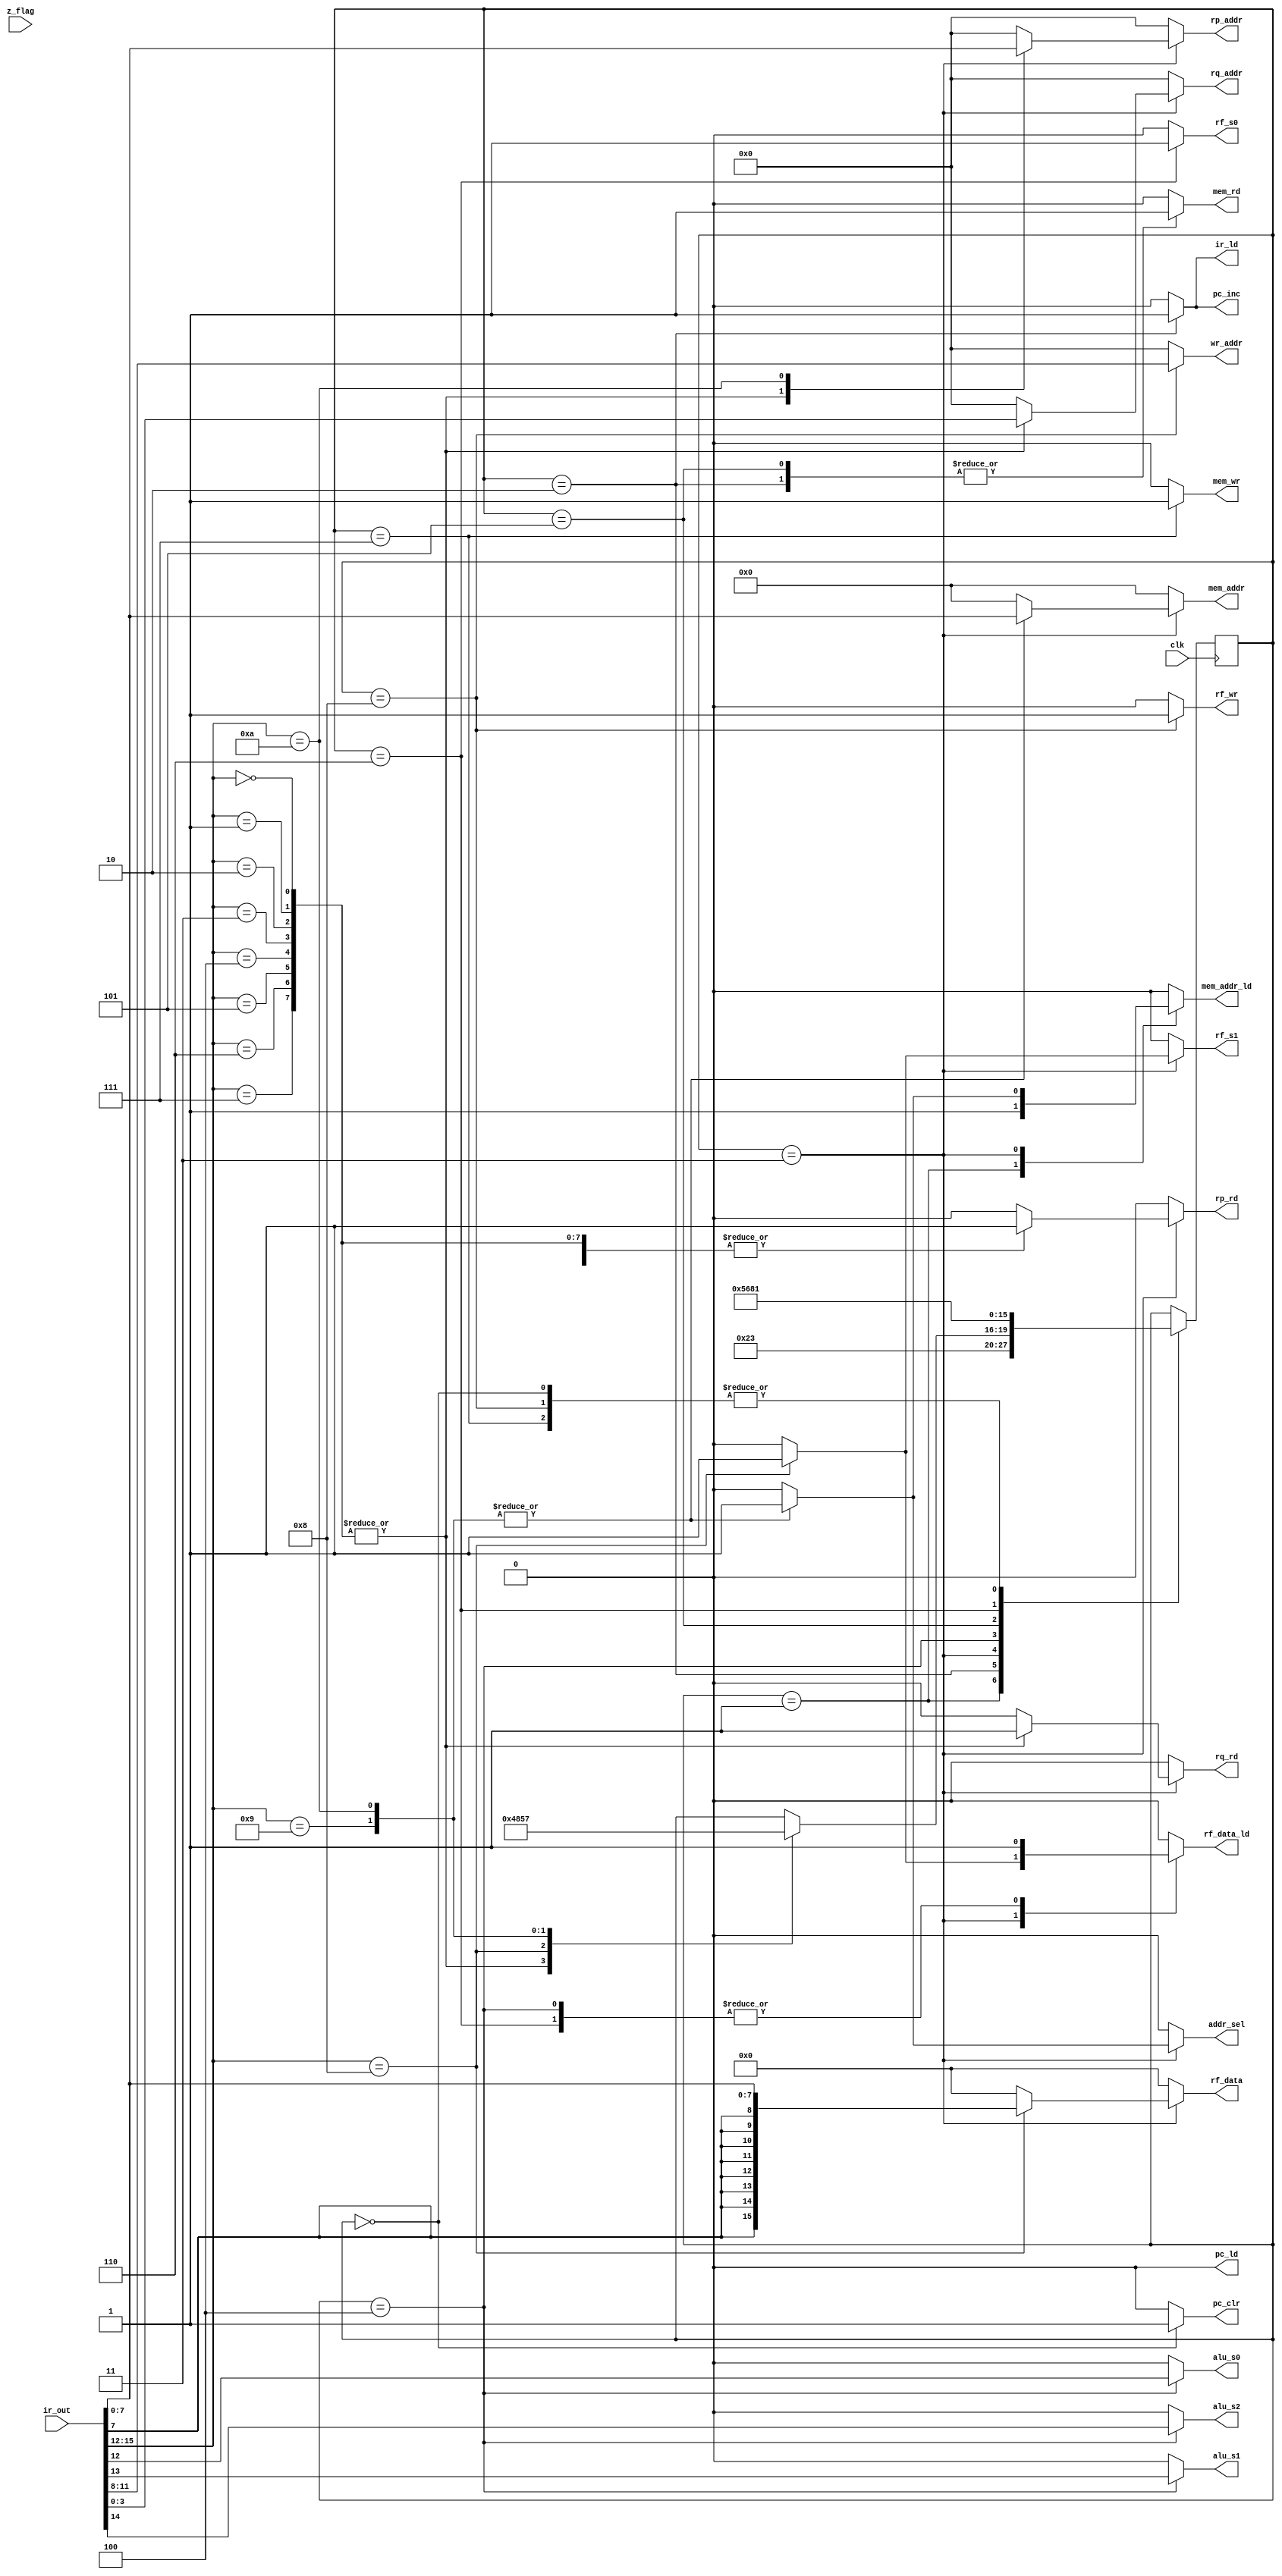
`timescale 1ns / 1ps

module Controller(
    output reg [7:0] mem_addr,
    output reg addr_sel,
    output reg mem_rd,
    output reg mem_wr,
    output reg [15:0] rf_data,
    output reg rf_s1,
    output reg rf_s0,
    output reg [3:0] wr_addr,
    output reg rf_wr,
    output reg [3:0] rp_addr,
    output reg rp_rd,
    output reg [3:0] rq_addr,
    output reg rq_rd,
    output reg alu_s2,
    output reg alu_s1,
    output reg alu_s0,
    output reg mem_addr_ld,
    output reg rf_data_ld,
    output reg pc_ld, pc_clr, pc_inc, ir_ld,
    input [15:0] ir_out,
    input z_flag,
    input clk);
    
    //reg pc_ld, pc_clr, pc_inc, ir_ld;
    //wire [7:0] pc_in;
    //wire [15:0] ir_out;
    
    wire [3:0] opcode, rd, rs, rt;
    wire [7:0] imm, dir;
    
    //reg counter = 0;
    
    //States
    parameter S_rst = 0, S_fet1 = 1, S_fet2 = 2, S_dec = 3,
        S_ex1 = 4, S_mem1 = 5, S_mem2 = 6, S_mem3 = 7,
        S_wb1 = 8;
    
    //Opcodes
    parameter ADD = 0, SUB = 1, AND = 2, OR = 3, XOR = 4, NOT = 5,
        SLA = 6, SRA = 7, LI = 8, LW = 9, SW = 10, BIZ = 11, BNZ = 12,
        JAL = 13, JMP = 14, JR = 15;
    
    reg [3:0] state, next_state;
    assign opcode = ir_out[15:12];
    assign rd = ir_out[11:8];
    assign rs = ir_out[7:4];
    assign rt = ir_out[3:0];
    assign imm = ir_out[7:0];
    assign dir = ir_out[7:0];
    
    initial begin
        state = S_rst;
    end
    
    always @(posedge clk) begin: StateTransition
        state <= next_state;
    end
    
    always @(state, opcode, rs, rd) begin: Output_NextState
        pc_ld = 0; pc_clr = 0; pc_inc = 0; addr_sel = 0;
        ir_ld = 0; mem_rd = 0; mem_wr = 0; rf_s1 = 0; rf_s0 = 0;
        rf_wr = 0; rp_rd = 0; rq_rd = 0; alu_s2 = 0;
        alu_s1 = 0; alu_s0 = 0;
        mem_addr = 0;
        rf_data = 0;
        wr_addr = 0;
        rp_addr = 0;
        rq_addr = 0;
        next_state = state;
        mem_addr_ld = 0;
        rf_data_ld = 0;
        
        case(state)
            S_rst : begin
                    next_state = S_fet1;
                    pc_clr = 1;
                    end
            S_fet1: begin
                    next_state = S_fet2;
                    addr_sel = 0;
                    mem_addr_ld = 1;
                    end
            S_fet2: begin
                    next_state = S_dec;
                    mem_rd = 1;
                    ir_ld = 1;
                    pc_inc = 1;
                    end
            S_dec: case(opcode)
                       ADD, SUB, AND, OR, XOR, NOT, SLA, SRA: begin
                           next_state = S_ex1;
                           rp_addr = rs;
                           rq_addr = rt;
                           rp_rd = 1;
                           rq_rd = 1;
                           end
                       LI: begin
                          next_state = S_wb1;
                          rf_data = {imm[7], imm[7], imm[7], imm[7],
                              imm[7], imm[7], imm[7], imm[7],
                              imm};
                          {rf_s1, rf_s0} = 2'b10;
                          rf_data_ld = 1;
                          end
                       LW: begin
                           next_state = S_mem1;
                           mem_addr = dir;
                           addr_sel = 1;
                           mem_addr_ld = 1;
                           end
                       SW: begin
                           next_state = S_mem3;
                           rp_addr = rt;
                           rp_rd = 1;
                           mem_addr = dir;
                           addr_sel = 1;
                           mem_addr_ld = 1;
                           end
                   endcase 
            S_ex1: begin
                   next_state = S_mem1;
                   {alu_s2, alu_s1, alu_s0} = opcode;
                   rf_s1 = 0;
                   rf_s0 = 0;
                   rf_data_ld = 1;
                   end
            S_mem1: begin
                    next_state = S_mem2;
                    mem_rd = 1;
                    end
            S_mem2: begin
                    next_state = S_wb1;
                    rf_s1 = 0;
                    rf_s0 = 1;
                    rf_data_ld = 1;
                    end
            S_mem3: begin
                    next_state = S_fet1;
                    mem_wr = 1;
                    end
            S_wb1: begin
                   next_state = S_fet1;
                   wr_addr = rd;
                   rf_wr = 1;
                   end
        endcase
    end
endmodule